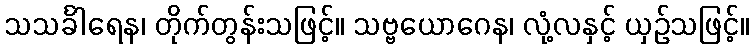
သသင်္ခါရေန၊ တိုက်တွန်းသဖြင့်။ သဗ္ဗယောဂေန၊ လုံ့လနှင့် ယှဉ်သဖြင့်။